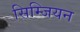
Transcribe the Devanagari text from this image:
सिम्जियन